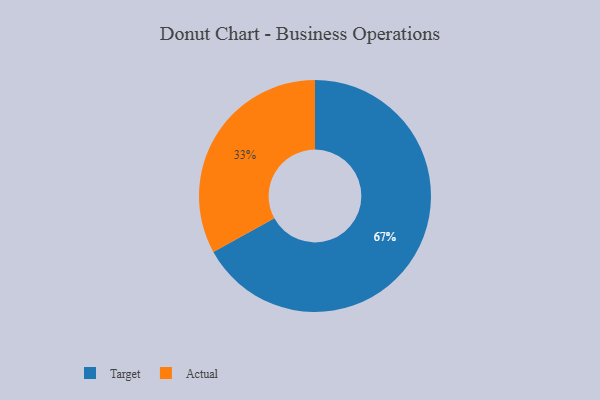
{"axis": {"x": "Category", "y": "Percentage"}, "legend": ["Actual", "Target"], "data": [{"x": "Actual", "y": 33, "type": "Actual"}, {"x": "Target", "y": 67, "type": "Target"}]}